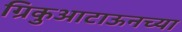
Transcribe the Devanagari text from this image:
ग्रिकुआटाऊनच्या